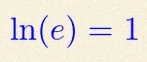
\ln(e)=1